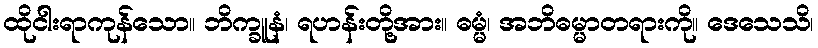
ထိုငါးရာကုန်သော။ ဘိက္ခူနံ၊ ရဟန်းတို့အား။ ဓမ္မံ၊ အဘိဓမ္မာတရားကို။ ဒေသေသိ၊